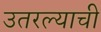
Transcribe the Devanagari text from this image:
उतरल्याची